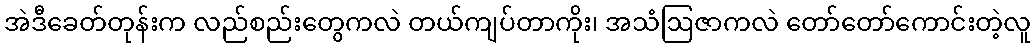
အဲဒီခေတ်တုန်းက လည်စည်းတွေကလဲ တယ်ကျပ်တာကိုး၊ အသံဩဇာကလဲ တော်တော်ကောင်းတဲ့လူ